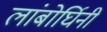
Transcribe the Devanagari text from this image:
लांबोर्घिनी